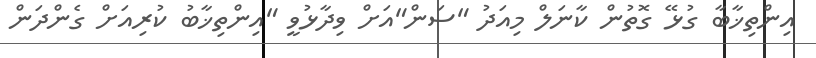
އިންތިޚާބާ ގުޅޭ ގޮތުން ކާނަލް މިއަދު "ސަން"އަށް ވިދާޅުވީ "އިންތިޚާބު ކުރިއަށް ގެންދަން